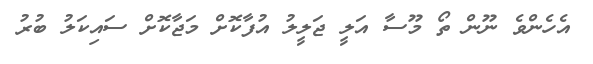
އެހެންވެ ނޫން ތޯ މޫސާ އަލީ ޖަލީލު އުފާކޮށް މަޖާކޮށް ސައިކަލު ބުރު